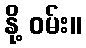
နို့ ဝမ်း။